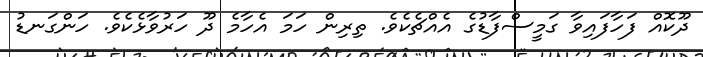
ދޫކޮއް ފަހާފައިވާ ގަމީސްފާޑުގެ އެއްޗެކެވެ. ތިރިން ހަމަ އެހާމެ ދޫ ހަރުވާޅެކެވެ. ހަންގަނޑު